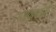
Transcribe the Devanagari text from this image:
राजवंशांनी